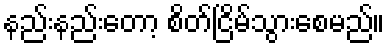
နည်းနည်းတော့ စိတ်ငြိမ်သွားစေမည်။